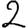
Digit: 2